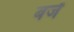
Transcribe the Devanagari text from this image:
बजें